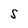
Character: S